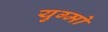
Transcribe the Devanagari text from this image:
युग्मो